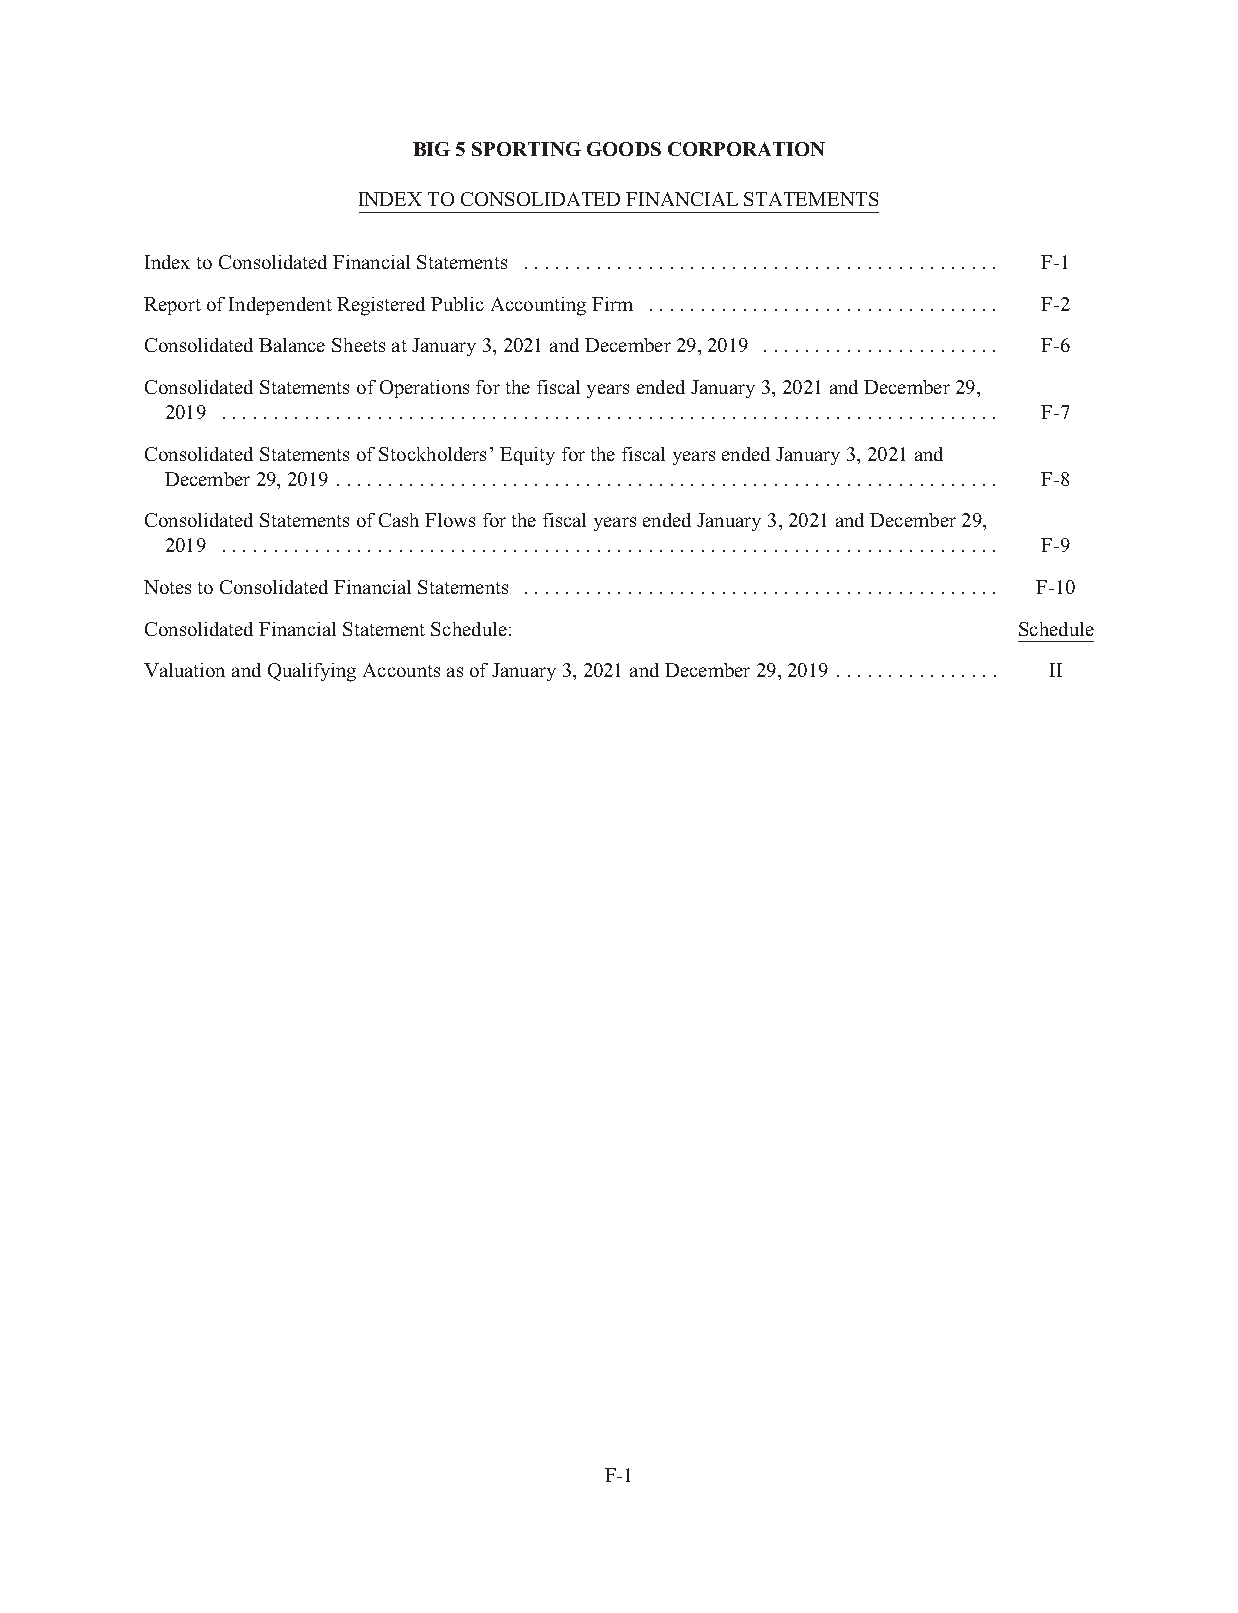
BIG5SPORTINGGOODSCORPORATION
 INDEXTOCONSOLIDATEDFINANCIALSTATEMENTS
 IndextoConsolidatedFinancialStatements .............................................. F-1
 ReportofIndependentRegisteredPublicAccountingFirm .................................. F-2
 ConsolidatedBalanceSheetsatJanuary3,2021andDecember29,2019 ....................... F-6
 ConsolidatedStatementsofOperationsforthefiscalyearsendedJanuary3,2021andDecember29,
 2019 ........................................................................... F-7
 ConsolidatedStatementsofStockholders’EquityforthefiscalyearsendedJanuary3,2021and
 December29,2019 ................................................................ F-8
 ConsolidatedStatementsofCashFlowsforthefiscalyearsendedJanuary3,2021andDecember29,
 2019 ........................................................................... F-9
 NotestoConsolidatedFinancialStatements .............................................. F-10
 ConsolidatedFinancialStatementSchedule:                  Schedule
 ValuationandQualifyingAccountsasofJanuary3,2021andDecember29,2019 ................ II
 F-1